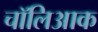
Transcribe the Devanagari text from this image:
चॉलिआक